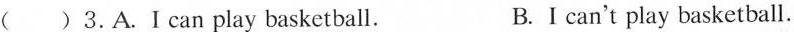
( )3.A.Ⅰcan play basketball. B.I can't play basketball.